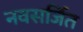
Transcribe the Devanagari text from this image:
नवसर्जित